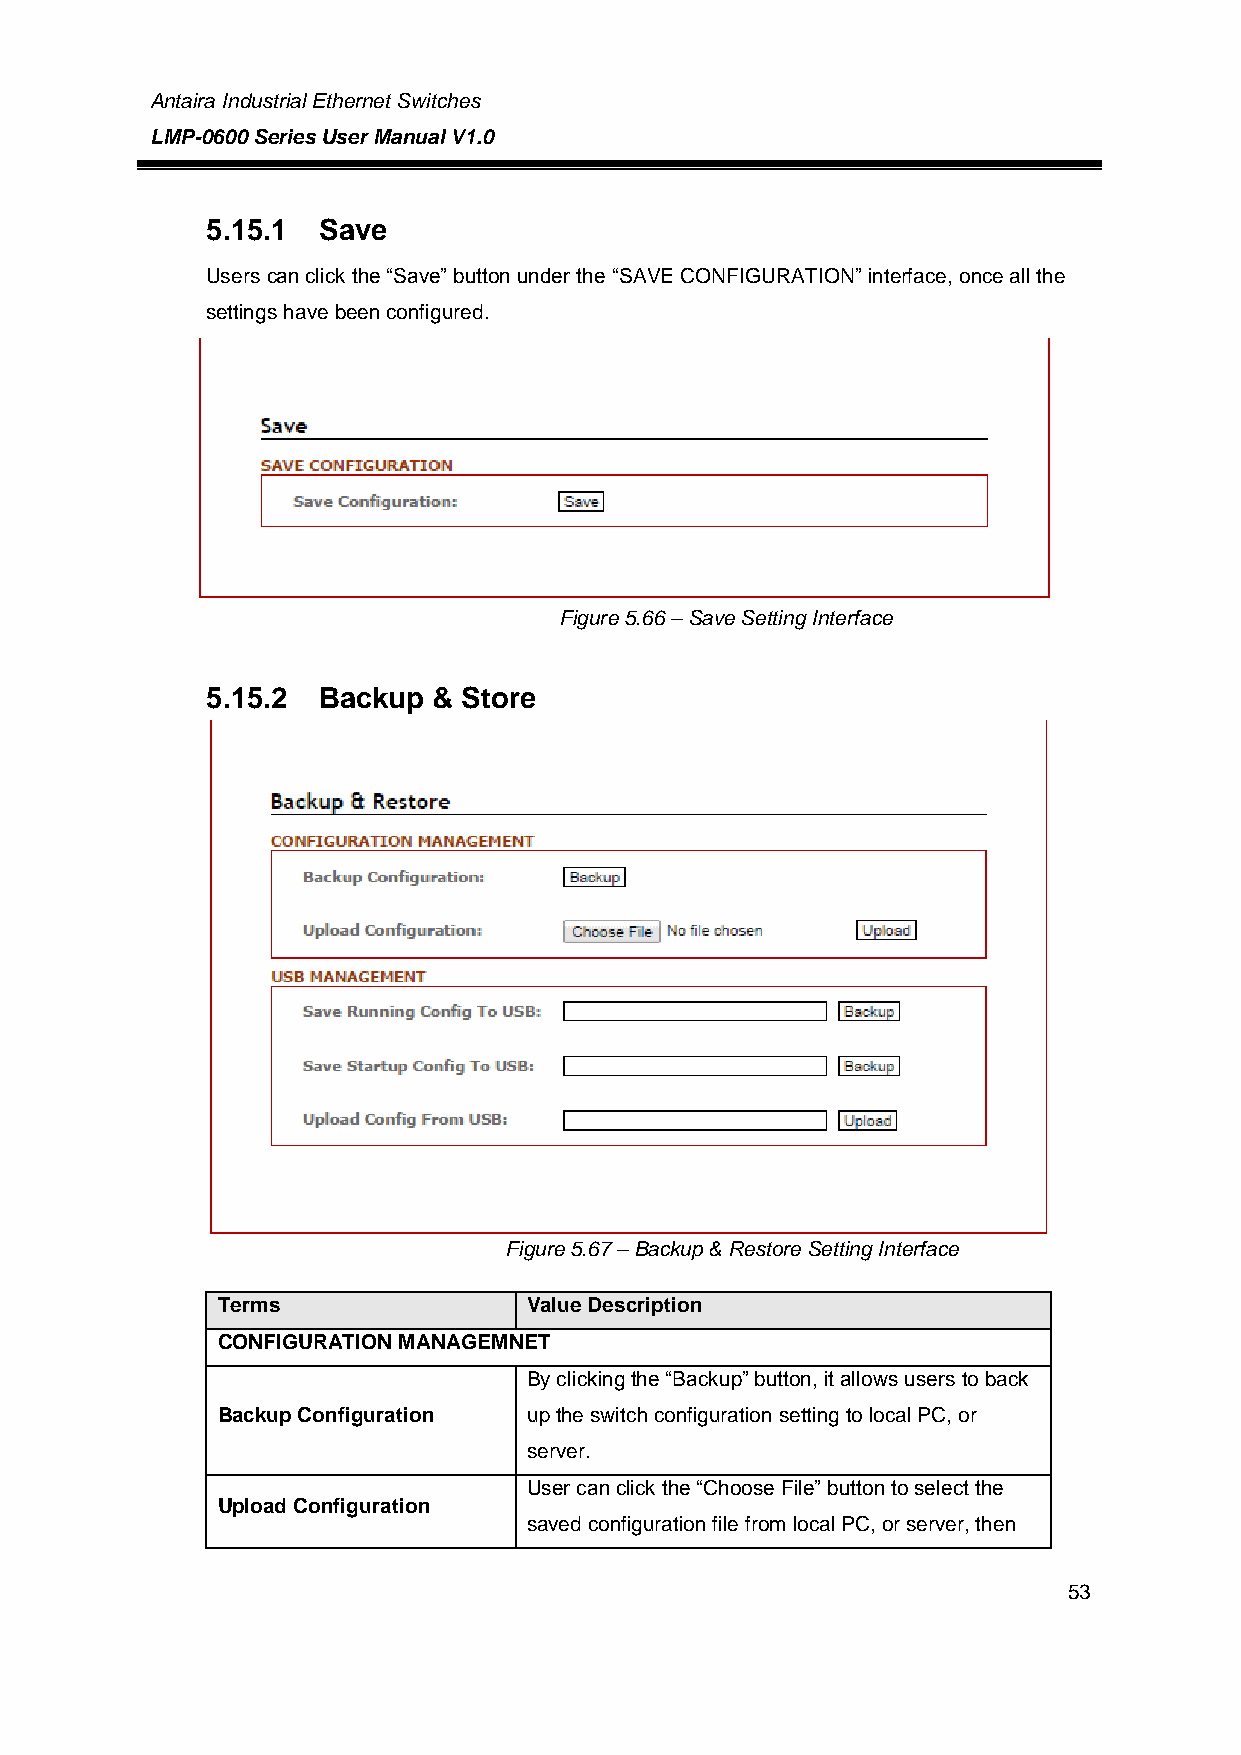
Antaira Industrial Ethernet Switches
 LMP-0600 Series User Manual V1.0
 5.15.1 Save
 Users can click the “Save” button under the “SAVE CONFIGURATION” interface, once all the
 settings have been configured.
 Figure 5.66 – Save Setting Interface
 5.15.2 Backup  & Store
 Figure 5.67 – Backup & Restore Setting Interface
 Terms                Value Description
 CONFIGURATION MANAGEMNET
 By clicking the “Backup” button, it allows users to back
 Backup Configuration up the switch configuration setting to local PC, or
 server.
 User can click the “Choose File” button to select the
 Upload Configuration
 saved configuration file from local PC, or server, then
 53